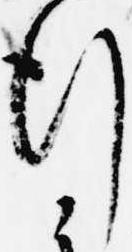
行